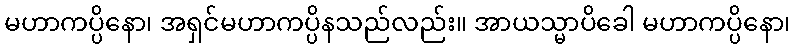
မဟာကပ္ပိနော၊ အရှင်မဟာကပ္ပိနသည်လည်း။ အာယသ္မာပိခေါ မဟာကပ္ပိနော၊